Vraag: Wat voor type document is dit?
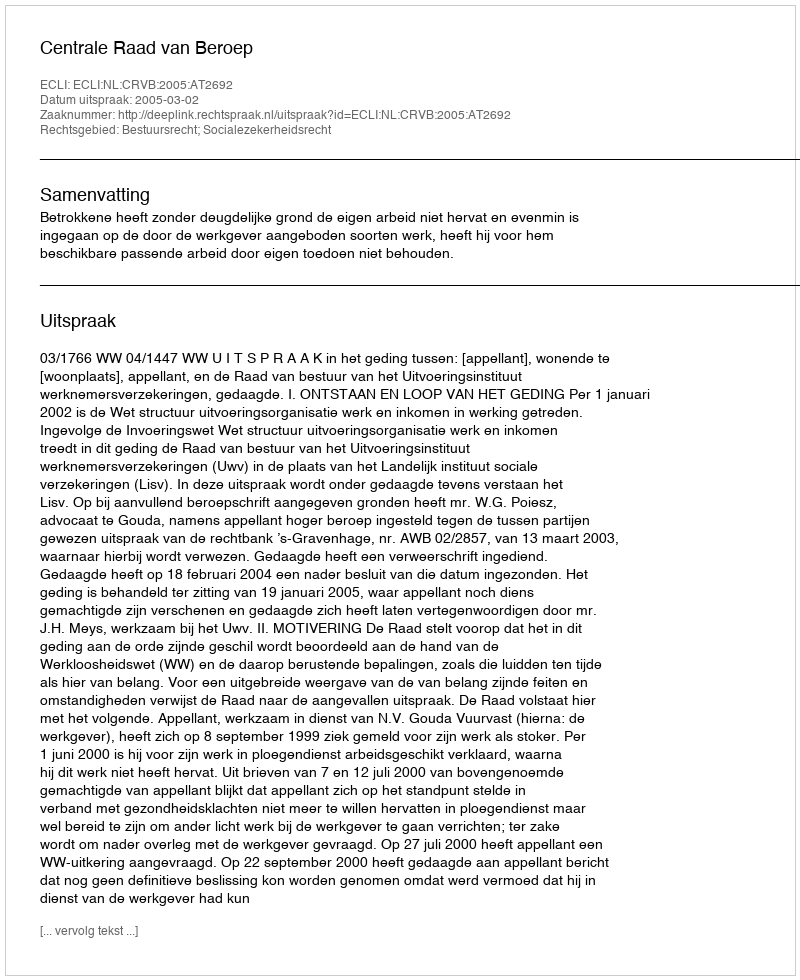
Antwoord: Uitspraak